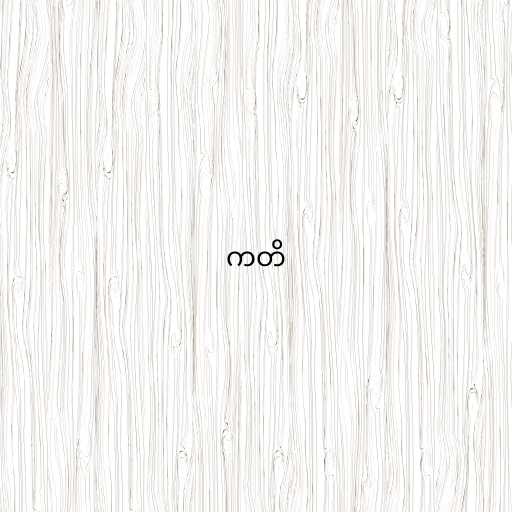
ကတိ